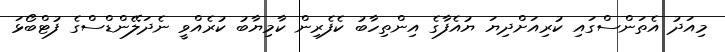
މިއަދު އެތަންސްގައި ކުރިއަށްދިޔަ ޔުއެފާގެ އިންތިހާބު ކެފެރިން ކާމިޔާބު ކުރެއްވީ ނެދަލޭންޑްސްގެ ފުޓްބޯޅަ